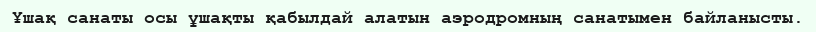
Ұшақ санаты осы ұшақты қабылдай алатын аэродромның санатымен байланысты.